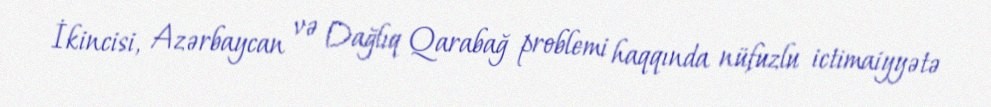
İkincisi, Azərbaycan və Dağlıq Qarabağ problemi haqqında nüfuzlu ictimaiyyətə